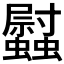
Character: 𧕈